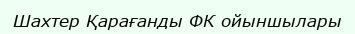
Шахтер Қарағанды ФК ойыншылары